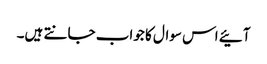
آئیے اس سوال کا جواب جانتے ہیں۔